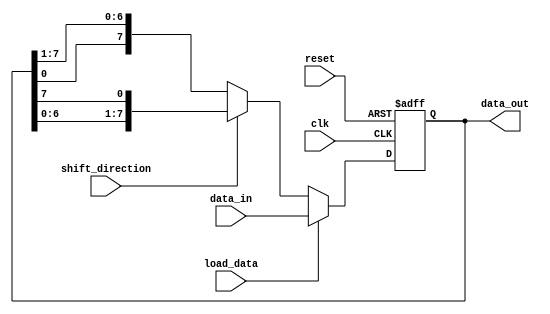
module shift_register (
    input wire clk,
    input wire reset,
    input wire shift_direction, // 0 for shift right, 1 for shift left
    input wire load_data,
    input wire [7:0] data_in,
    output wire [7:0] data_out
);

reg [7:0] shift_reg;

always @(posedge clk or posedge reset) begin
    if (reset) begin
        shift_reg <= 8'b0;
    end else begin
        if (load_data) begin
            shift_reg <= data_in;
        end else begin
            if (shift_direction) begin
                shift_reg <= {shift_reg[6:0], shift_reg[7]};
            end else begin
                shift_reg <= {shift_reg[0], shift_reg[7:1]};
            end
        end
    end
end

assign data_out = shift_reg;

endmodule